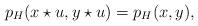
LaTeX: \begin{align*}p_H(x\star u, y\star u) = p_H(x,y), \end{align*}